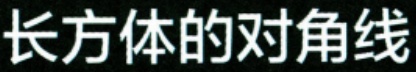
长方体的对角线